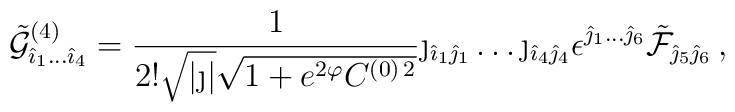
{\tilde {\cal G}}^{(4)}_{{\hat \imath}_1 \dots {\hat \imath}_4}= {1 \over 2! \sqrt{|\j|} \sqrt{1 + e^{ 2 \varphi} C^{(0) \, 2}}}\j_{{\hat \imath}_1 {\hat \jmath}_1} \dots \j_{{\hat \imath}_4 {\hat \jmath}_4}\epsilon^{{\hat \jmath}_1 \dots {\hat \jmath}_6} {\tilde {\cal F}}_{{\hat \jmath}_5 {\hat \jmath}_6} \, ,